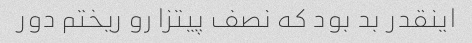
اینقدر بد بود که نصف پیتزا رو ریختم دور